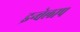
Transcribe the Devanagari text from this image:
इन्वेलाप